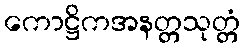
ကောဋ္ဌိကအနတ္တသုတ္တံ